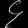
Digit: ၄